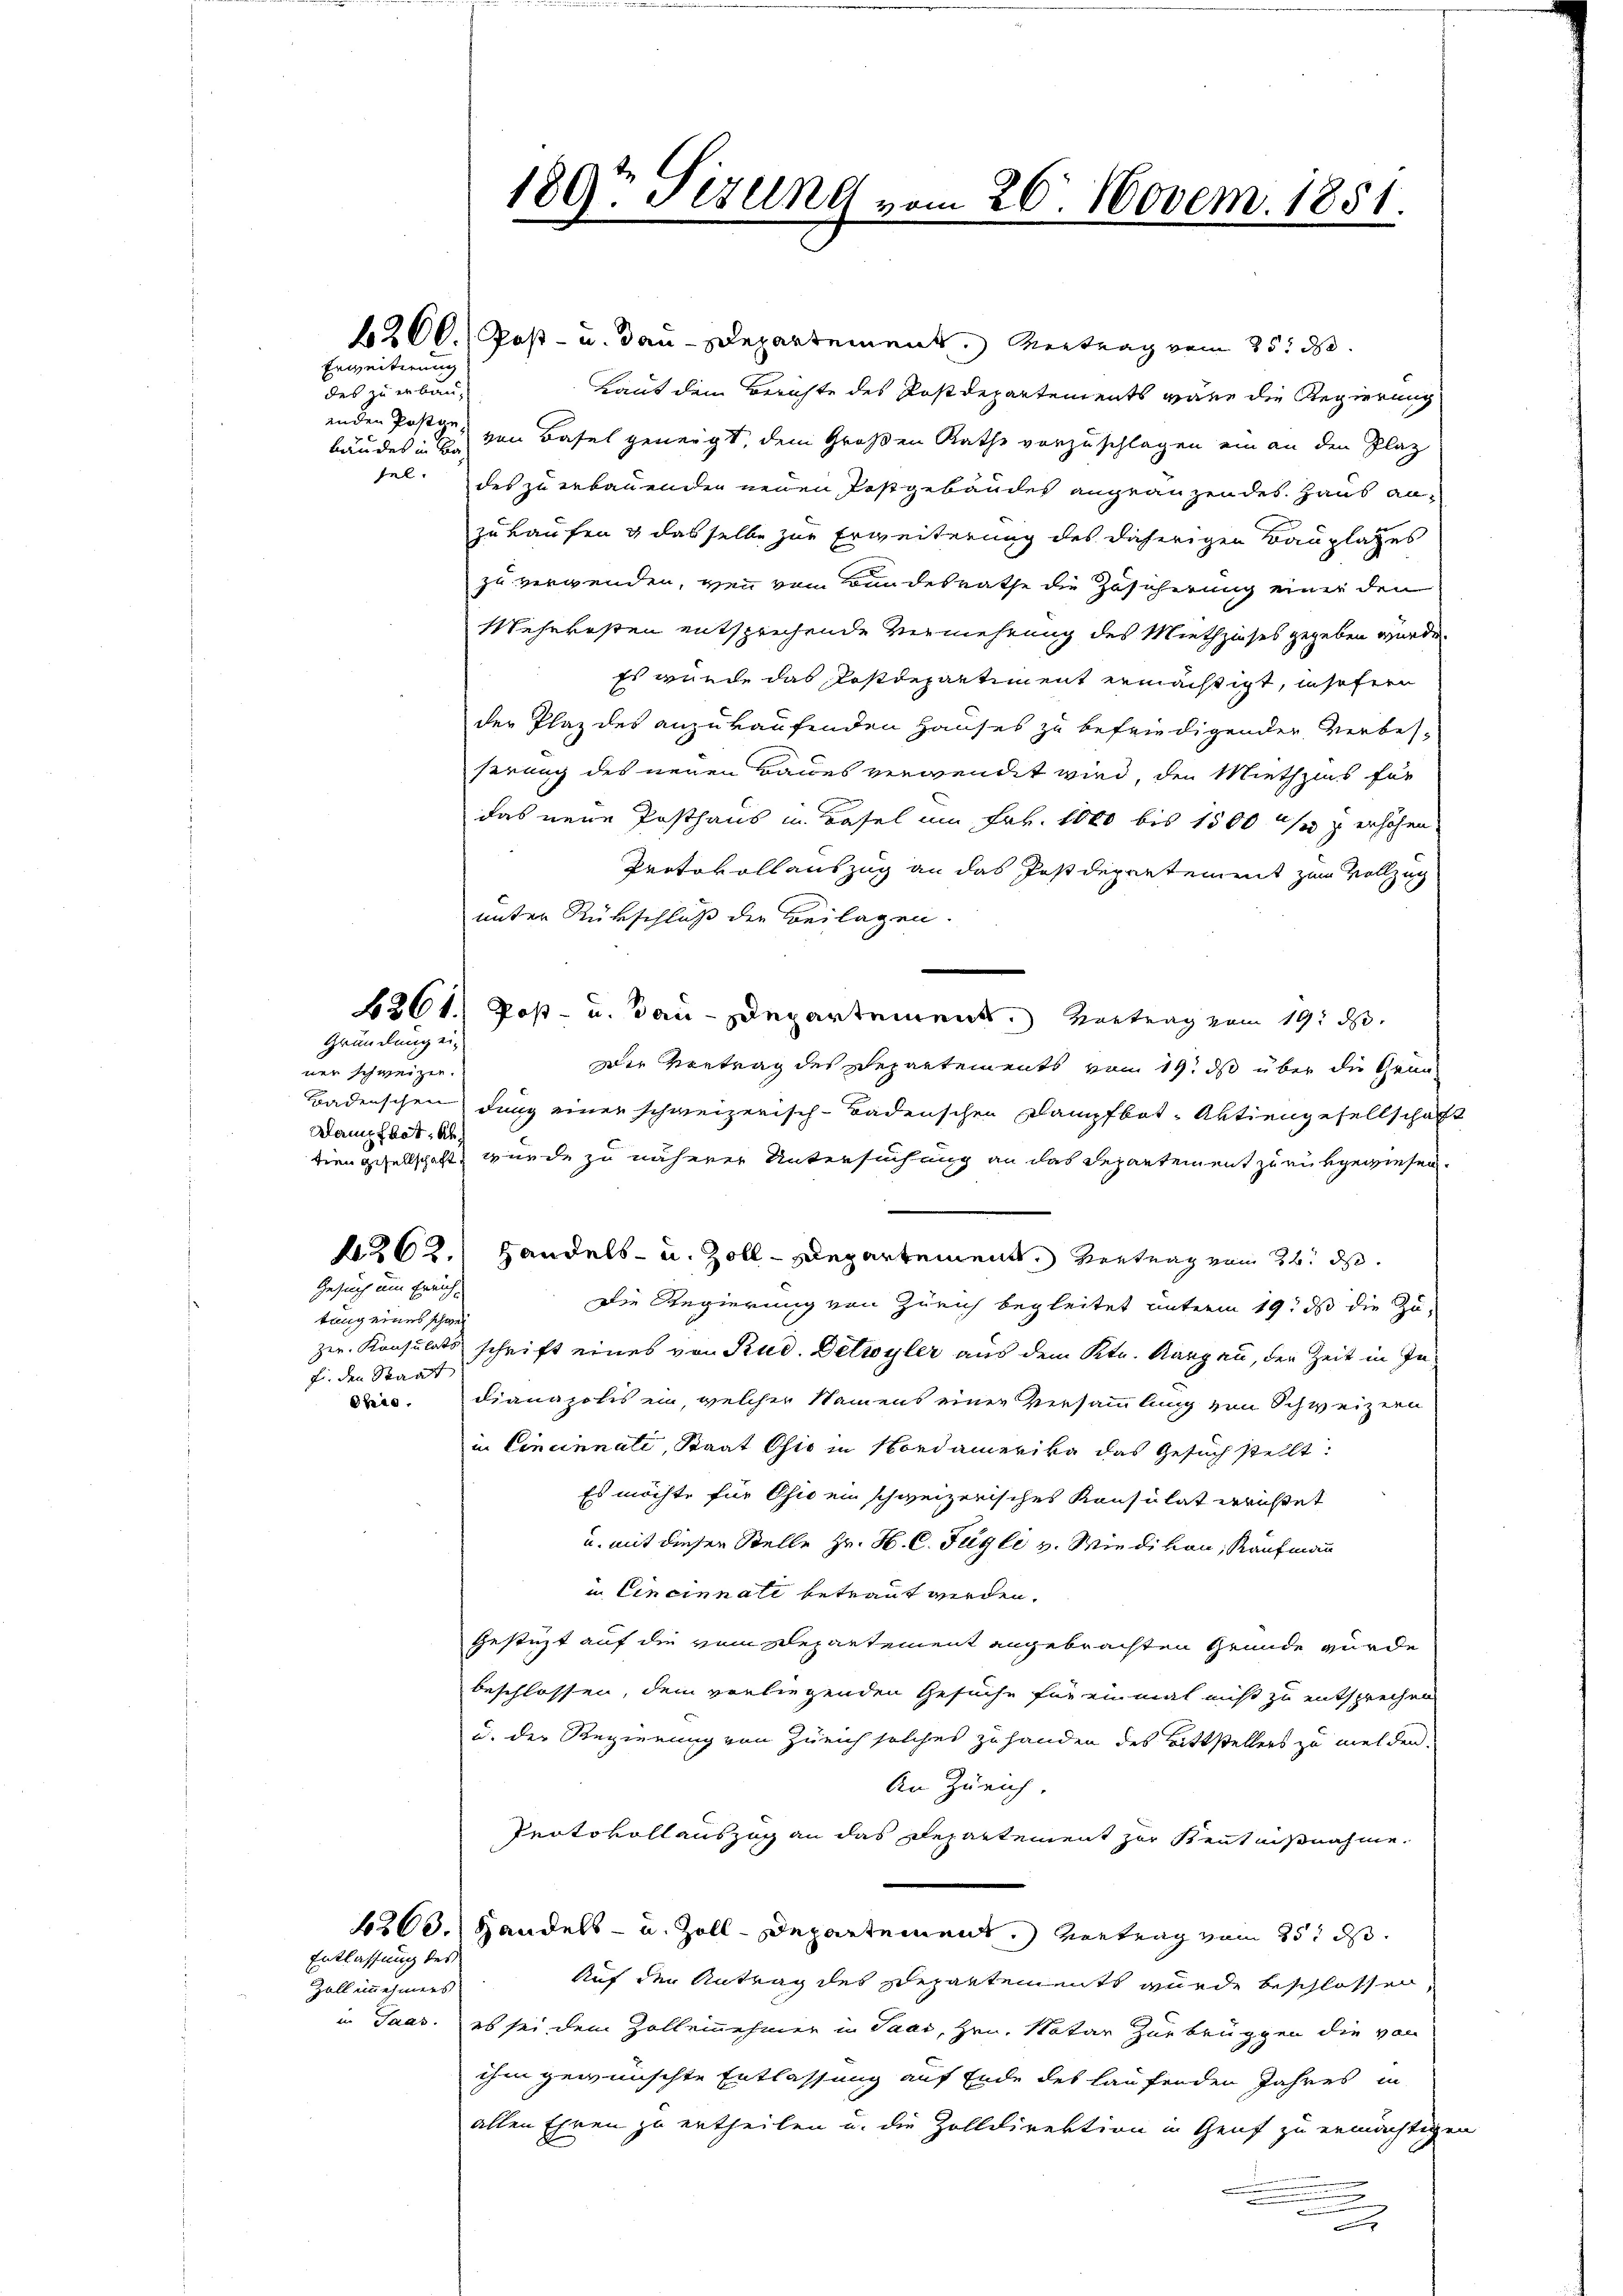
Erweiterung
des erbau-
bäudes in Ba¬

42 Cl. Post- u. Bau-Departement. Vertrag vom 25. d.
Laut dem Berichte des Postdepartements wäre die Regierung
enden Post zu, von Basel geneigt, dem Großen Rathe vorzuschlagen ein an den Plaz
sel. des zu erbauenden neuen Postgebäudes angränzendes Haus an-
zu Laufen & dasselbe zur Erweiterung des daherigen Bauplatzes
zu verwenden, wenn vom Bundesrathe die Zusicherung einer den
Mehrkosten entsprechende Vermehrung des Miethzinses gegeben wurde,
Es wurde das Postdepartiment ermächtigt, insofern
der Plaz des anzukaufenden Hauses zu befriedigender Verbes-
serung des neuen Baues verwendet wird, den Miethzins für
das neue Posthaus in Basel um Frk. 1000 bis 1500 s z erhöhen.
Protokoll auszug an das Postdepartement zum Vollzug
unter Rückschluß der Beilagen.
B261. Post- u. Bau-Departement. Vortrag vom 19. ds.
Die Vortrag des Departements vom 19. ds über die Grun
Badenschen dung einer schweizerisch-Badenschen Dampfbot-Aktiengesellschaft
Kampfbot, Abdien gesellschaft, wurde zu näherer Untersuchung an das Departement zurükgewiesen.
262. Handels- u. Zoll-Departement. Vertrag vom 26. ds.
Gesuch um Errich,
Die Regierung von Zürich begleitet unterm 19. ds die Zutung eines schwei
zer. Konsulats schrift eines von Rud. Detwyler aus dem Ktn. Aargau, der Zeit in Infür den Staat
is. Dianapolis ein, welcher Namens einer Versammlung von Schweizern
in Cincinnati, Staat Ohio in Nordamerika das Gesuch stellt:
Es möchte für Ohio ein schweizerisches Konsulat errichtet
u. mit diesen Stelle Hr. H. C. Fügli v. Wiedikon, Kaufmann
in Cincinnati betraut werden.
gestüzt auf die vom Departement angebrachten Gründe wurde
beschlossen, dem vorliegenden Gesuche für einmal nicht zu entsprechen
u. der Regierung von Zürich solches zu handen des Bittstellers zu melden.
An Zürich.
Protokollauszug an das Departement zur Kenntnißnahme.
1203. Handels- u. Zoll-Departement. Vertrag vom 25t d.
Entlassung des
Auf den Antrag des Departements wurde beschlossen.
Zoll innehmers
in Jaas. es sei dem Zolleinehmer in Paar, Hrn. Notar Zurbrüggen die von
ihm gewünschte Entlassung auf Ende des laufenden Jahres in
allen Ehren zu ertheilen u. die Zolldirektion in Genf zu ermächtigen
.
.

Gründung einer schweizer.

189t Tizung vom 26. Novem. 1851.